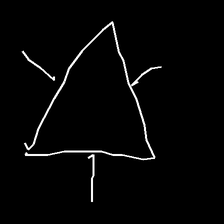
Glyph: fire